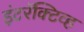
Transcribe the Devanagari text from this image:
इंटरॅक्टिव्ह